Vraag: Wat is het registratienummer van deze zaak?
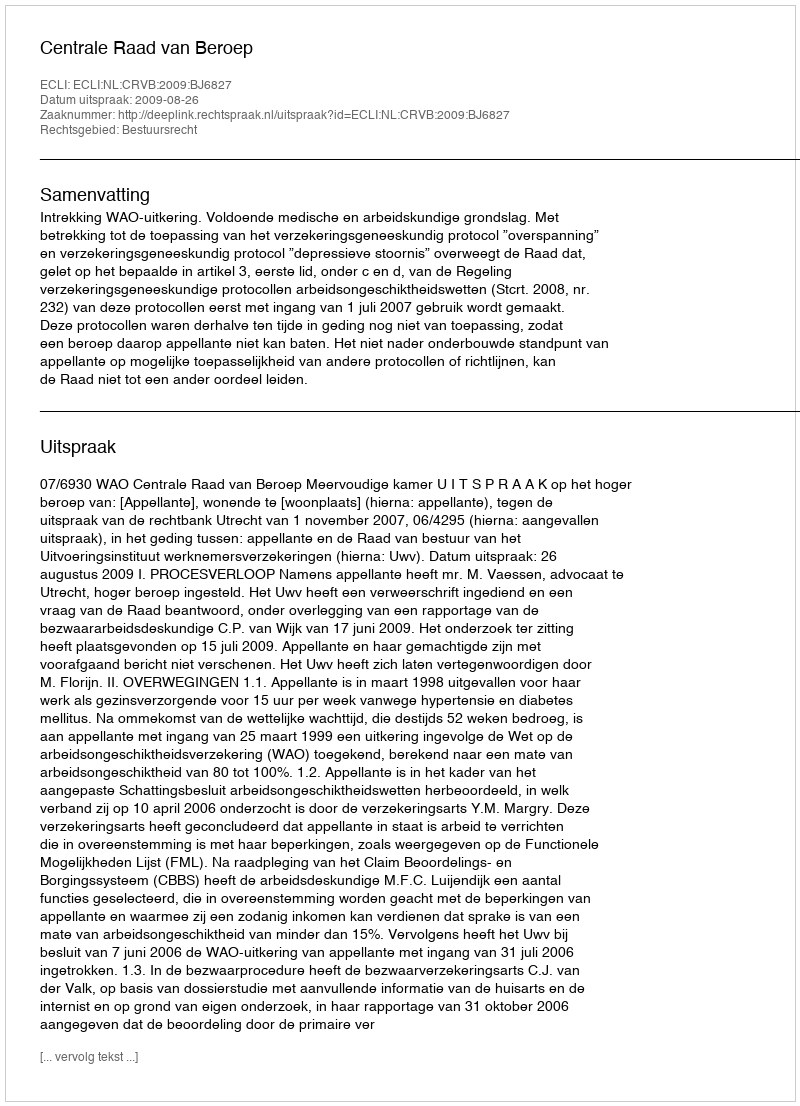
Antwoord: http://deeplink.rechtspraak.nl/uitspraak?id=ECLI:NL:CRVB:2009:BJ6827